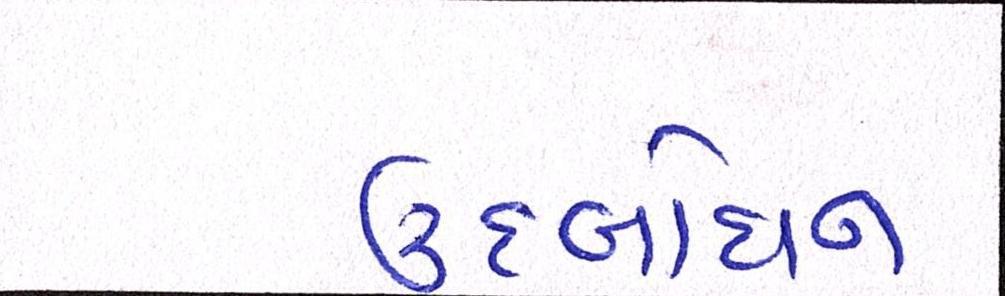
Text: ઉદબોધન